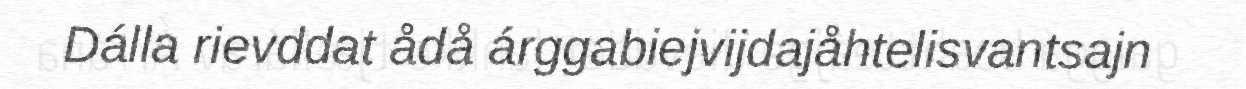
Dálla rievddat ådå árggabiejvijdajåhtelisvantsajn